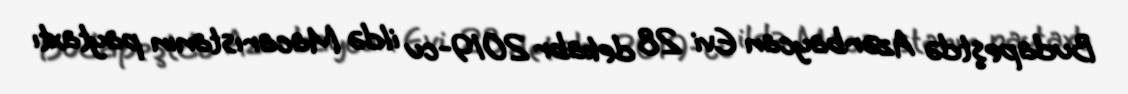
Budapeştdə Azərbaycan Evi 28 dekabr 2019-cu ildə Macarıstanın paytaxtı